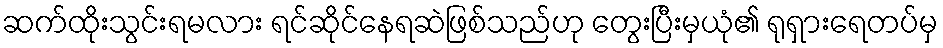
ဆက်ထိုးသွင်းရမလား ရင်ဆိုင်နေရဆဲဖြစ်သည်ဟု တွေးပြီးမှယုံ၏ ရုရှားရေတပ်မှ